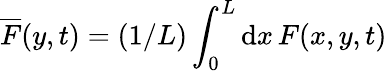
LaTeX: \overline{{F}}(y,t)=(1/L)\int_{0}^{L}\mathrm{d}x\, F(x,y,t)